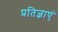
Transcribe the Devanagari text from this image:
प्रतिज्ञाएं